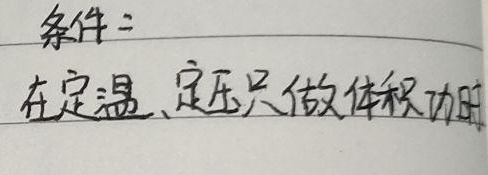
条件：在定温、定压只做体积功时